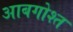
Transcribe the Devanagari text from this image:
आबगोश्त